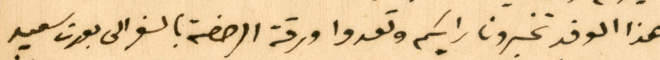
هذا الوفد تخبرونا رايكم وتعدوا ورقة الرخضة بالسفر الى بورت سعيد